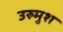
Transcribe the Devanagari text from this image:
उरुमुश